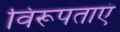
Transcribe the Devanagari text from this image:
विरूपताएं